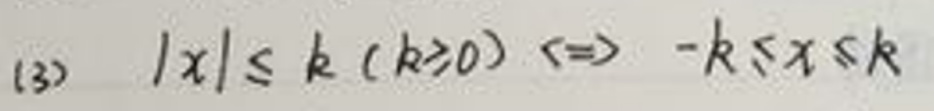
(3) \(|x|\leq k\ (k\geq0)\Leftrightarrow -k\leq x\leq k\)